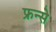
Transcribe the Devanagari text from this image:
फ्रन्से